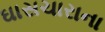
ઘાસચારાના